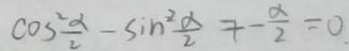
\cos ^ { 2 } \alpha - \sin ^ { 2 } \frac { \alpha } { 2 } + - \frac { \alpha } { 2 } = 0